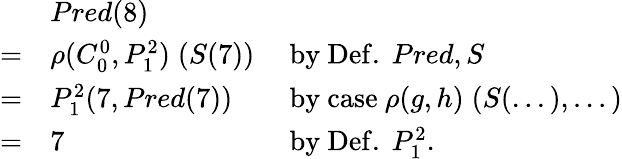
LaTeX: {\begin{array}{lll}&{Pred(8)}\\ {=}&{\rho(C_{0}^{0},P_{1}^{2})\; (S(7))}&{{\mathrm{~by~Def.~}}Pred,S}\\ {=}&{P_{1}^{2}(7,Pred(7))}&{{\mathrm{~by~case~}}\rho(g,h)\; (S(...),...)}\\ {=}&{7}&{{\mathrm{~by~Def.~}}P_{1}^{2}.}\end{array}}